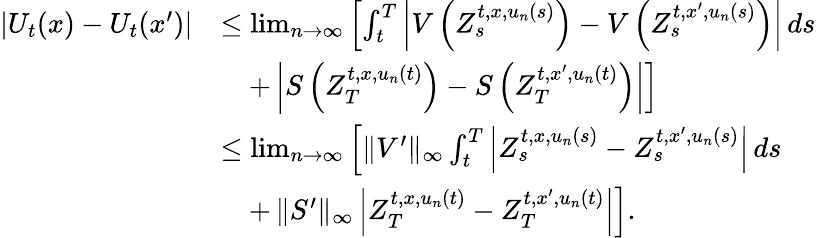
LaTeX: \begin{array}{rl}{|U_{t}(x)-U_{t}(x^{\prime})|}&{\le\operatorname*{lim}_{n\to\infty}\left[\int_{t}^{T}\left\vert V\left(Z_{s}^{t,x,u_{n}(s)}\right)-V\left(Z_{s}^{t,x^{\prime},u_{n}(s)}\right)\right\vert\, ds\right.}\\ &{\quad+\left.\left\vert S\left(Z_{T}^{t,x,u_{n}(t)}\right)-S\left(Z_{T}^{t,x^{\prime},u_{n}(t)}\right)\right\vert\right]}\\ &{\le\operatorname*{lim}_{n\to\infty}\left[\| V^{\prime}\| _{\infty}\int_{t}^{T}\left\vert Z_{s}^{t,x,u_{n}(s)}-Z_{s}^{t,x^{\prime},u_{n}(s)}\right\vert\, ds\right.}\\ &{\quad+\left.\| S^{\prime}\| _{\infty}\left\vert Z_{T}^{t,x,u_{n}(t)}-Z_{T}^{t,x^{\prime},u_{n}(t)}\right\vert\right].}\end{array}